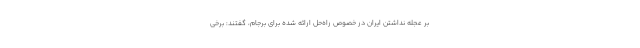
بر عجله نداشتن ایران در خصوص راه‌حل ارائه شده برای برجام، گفتند: برخی